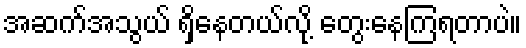
အဆက်အသွယ် ရှိနေတယ်လို့ တွေးနေကြရတာပဲ။